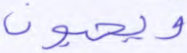
ويحبون